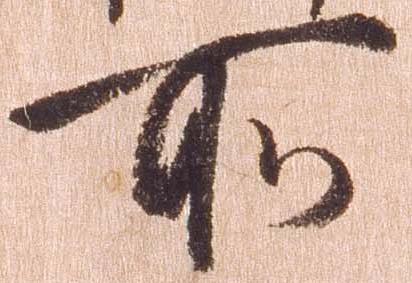
所